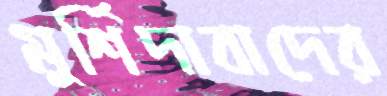
মুর্শিদাবাদের